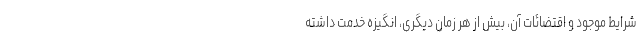
شرایط موجود و اقتضائات آن، بیش از هر زمان دیگری، انگیزه خدمت داشته